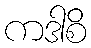
ကဒါစိ